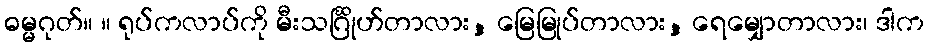
ဓမ္မဂုတ်။ ။ ရုပ်ကလာပ်ကို မီးသင်္ဂြိုဟ်တာလား, မြေမြုပ်တာလား, ရေမျှောတာလား၊ ဒါက